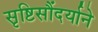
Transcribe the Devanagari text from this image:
सृष्टिसौंदर्याने